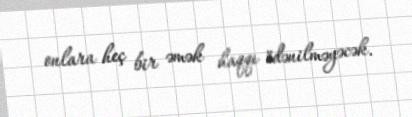
onlara heç bir əmək haqqı ödənilməyəcək.